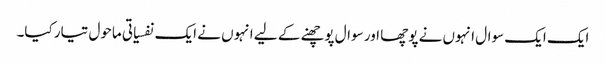
ایک ایک سوال انہوں نے پوچھا اور سوال پوچھنے کے لیے انہوں نے ایک نفسیاتی ماحول تیار کیا۔